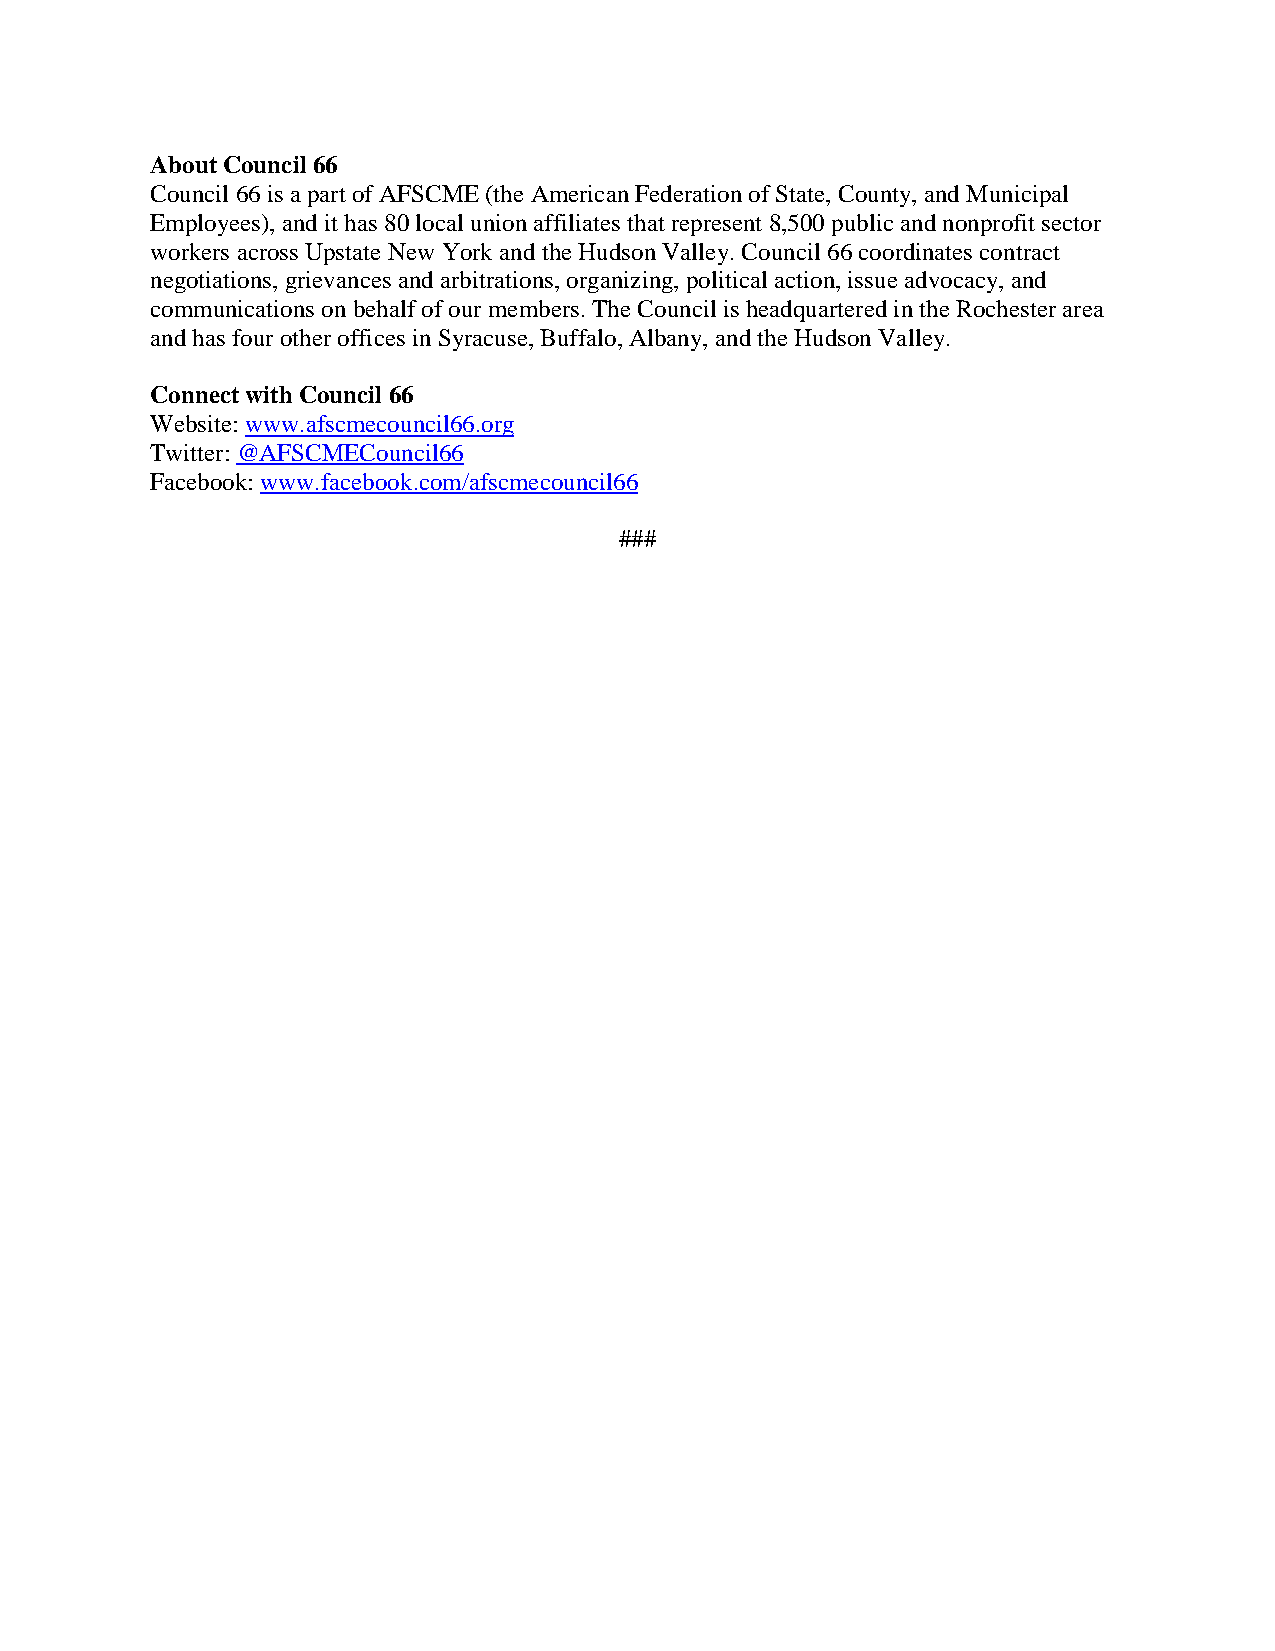
About Council 66
 Council 66 is a part of AFSCME (the American Federation of State, County, and Municipal
 Employees), and it has 80 local union affiliates that represent 8,500 public and nonprofit sector
 workers across Upstate New York and the Hudson Valley. Council 66 coordinates contract
 negotiations, grievances and arbitrations, organizing, political action, issue advocacy, and
 communications on behalf of our members. The Council is headquartered in the Rochester area
 and has four other offices in Syracuse, Buffalo, Albany, and the Hudson Valley.
 Connect with Council 66
 Website: www.afscmecouncil66.org
 Twitter: @AFSCMECouncil66
 Facebook: www.facebook.com/afscmecouncil66
 ###